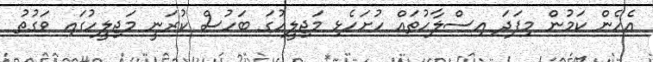
އެހެން ކަމުން މިފަދަ އިސްލާހުތައް ހުށަހެޅި މަޖިލީހުގަ ބަހުސް ކުރަނީ މަޖިލީހުގައި ވަގުތު